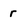
Character: r